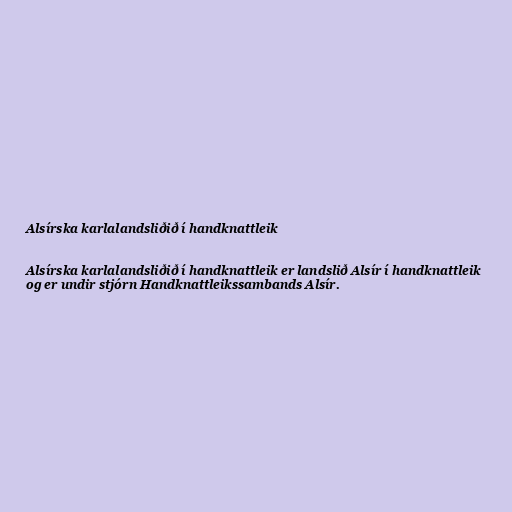
Alsírska karlalandsliðið í handknattleik

Alsírska karlalandsliðið í handknattleik er landslið Alsír í handknattleik
og er undir stjórn Handknattleikssambands Alsír.